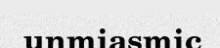
unmiasmic